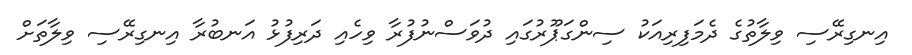
އިނގިރޭސި ވިލާތުގެ ދެމަފިރިއަކު ސިންގަޕޫރުގައި ދުވަސްނުފުރާ ވިހެއި ދަރިފުޅު އަނބުރާ އިނގިރޭސި ވިލާތަށް